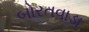
બોરતવાડા